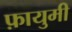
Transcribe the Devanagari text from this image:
फ़ायुमी